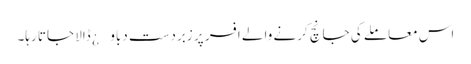
اس معاملے کی جانچ کرنے والے افسر پر زبردست دباو¿ ڈالا جاتا رہا۔